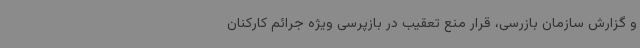
و گزارش سازمان بازرسی، قرار منع تعقیب در بازپرسی ویژه جرائم کارکنان